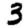
Digit: 3